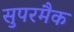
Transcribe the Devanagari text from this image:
सुपरमैक